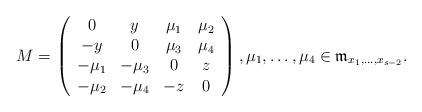
LaTeX: \begin{align*}M=\left( \begin{array} {cccc}0 & y & \mu_1 & \mu_2 \\-y & 0 & \mu_3 & \mu_4 \\-\mu_1 & -\mu_3 & 0 & z \\-\mu_2 & -\mu_4 & -z & 0 \end{array}\right), \mu_1, \dots, \mu_4 \in {\frak m}_{x_1,\dots,x_{s-2}}.\end{align*}